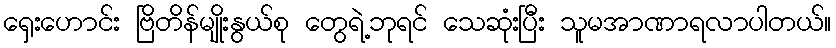
ရှေးဟောင်း ဗြိတိန်မျိုးနွယ်စု တွေရဲ့ဘုရင် သေဆုံးပြီး သူမအာဏာရလာပါတယ်။